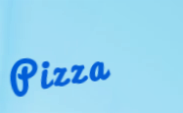
Pizza